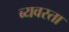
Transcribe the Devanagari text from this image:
ब्यवस्ता